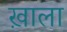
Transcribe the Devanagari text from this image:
ख़ाला